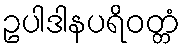
ဥပါဒါနပရိဝတ္တံ